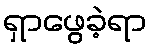
ရှာဖွေခဲ့ရာ